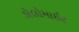
ડોલોમાઈટ